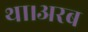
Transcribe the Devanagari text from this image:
था।अरब